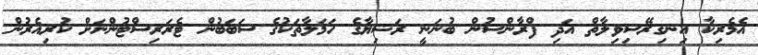
އެމެރިކާ އިނގިރޭސިވިލާތް އަދި ފްރާންސުން ބުނަނީ ރަޝިޔާގެ ހަމަލާތަކުގެ ސަބަބުން ޓެރަރިސްޓުންނަށް ކުރިއެރުން